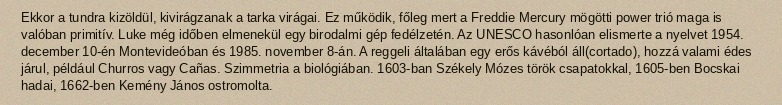
Ekkor a tundra kizöldül, kivirágzanak a tarka virágai. Ez működik, főleg mert a Freddie Mercury mögötti power trió maga is valóban primitív. Luke még időben elmenekül egy birodalmi gép fedélzetén. Az UNESCO hasonlóan elismerte a nyelvet 1954. december 10-én Montevideóban és 1985. november 8-án. A reggeli általában egy erős kávéból áll(cortado), hozzá valami édes járul, például Churros vagy Cañas. Szimmetria a biológiában. 1603-ban Székely Mózes török csapatokkal, 1605-ben Bocskai hadai, 1662-ben Kemény János ostromolta.